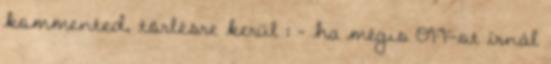
kommented, törlésre kerül : - ha mégis OFF-ot írnál